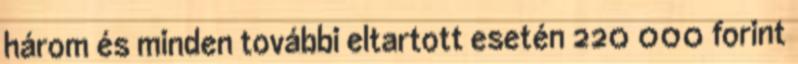
három és minden további eltartott esetén 220 000 forint